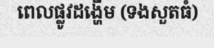
ពេលផ្លូវដង្ហើម (ទងសួតធំ)